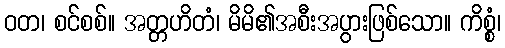
ဝတ၊ စင်စစ်။ အတ္တဟိတံ၊ မိမိ၏အစီးအပွားဖြစ်သော။ ကိစ္စံ၊